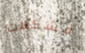
مشكلات